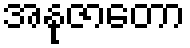
အနုဇာတော